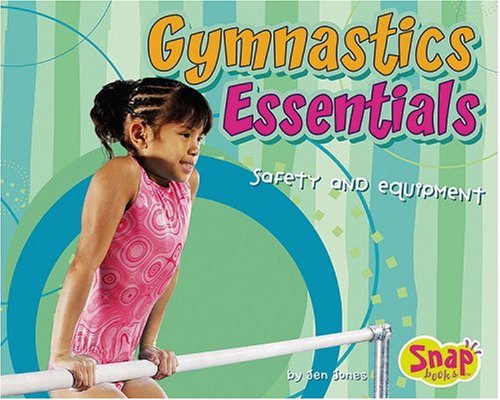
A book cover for Gymnastics Essentials: Safety and Equipment; Jen Jones; Children's Books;